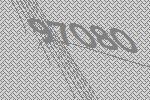
97080